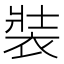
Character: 裝